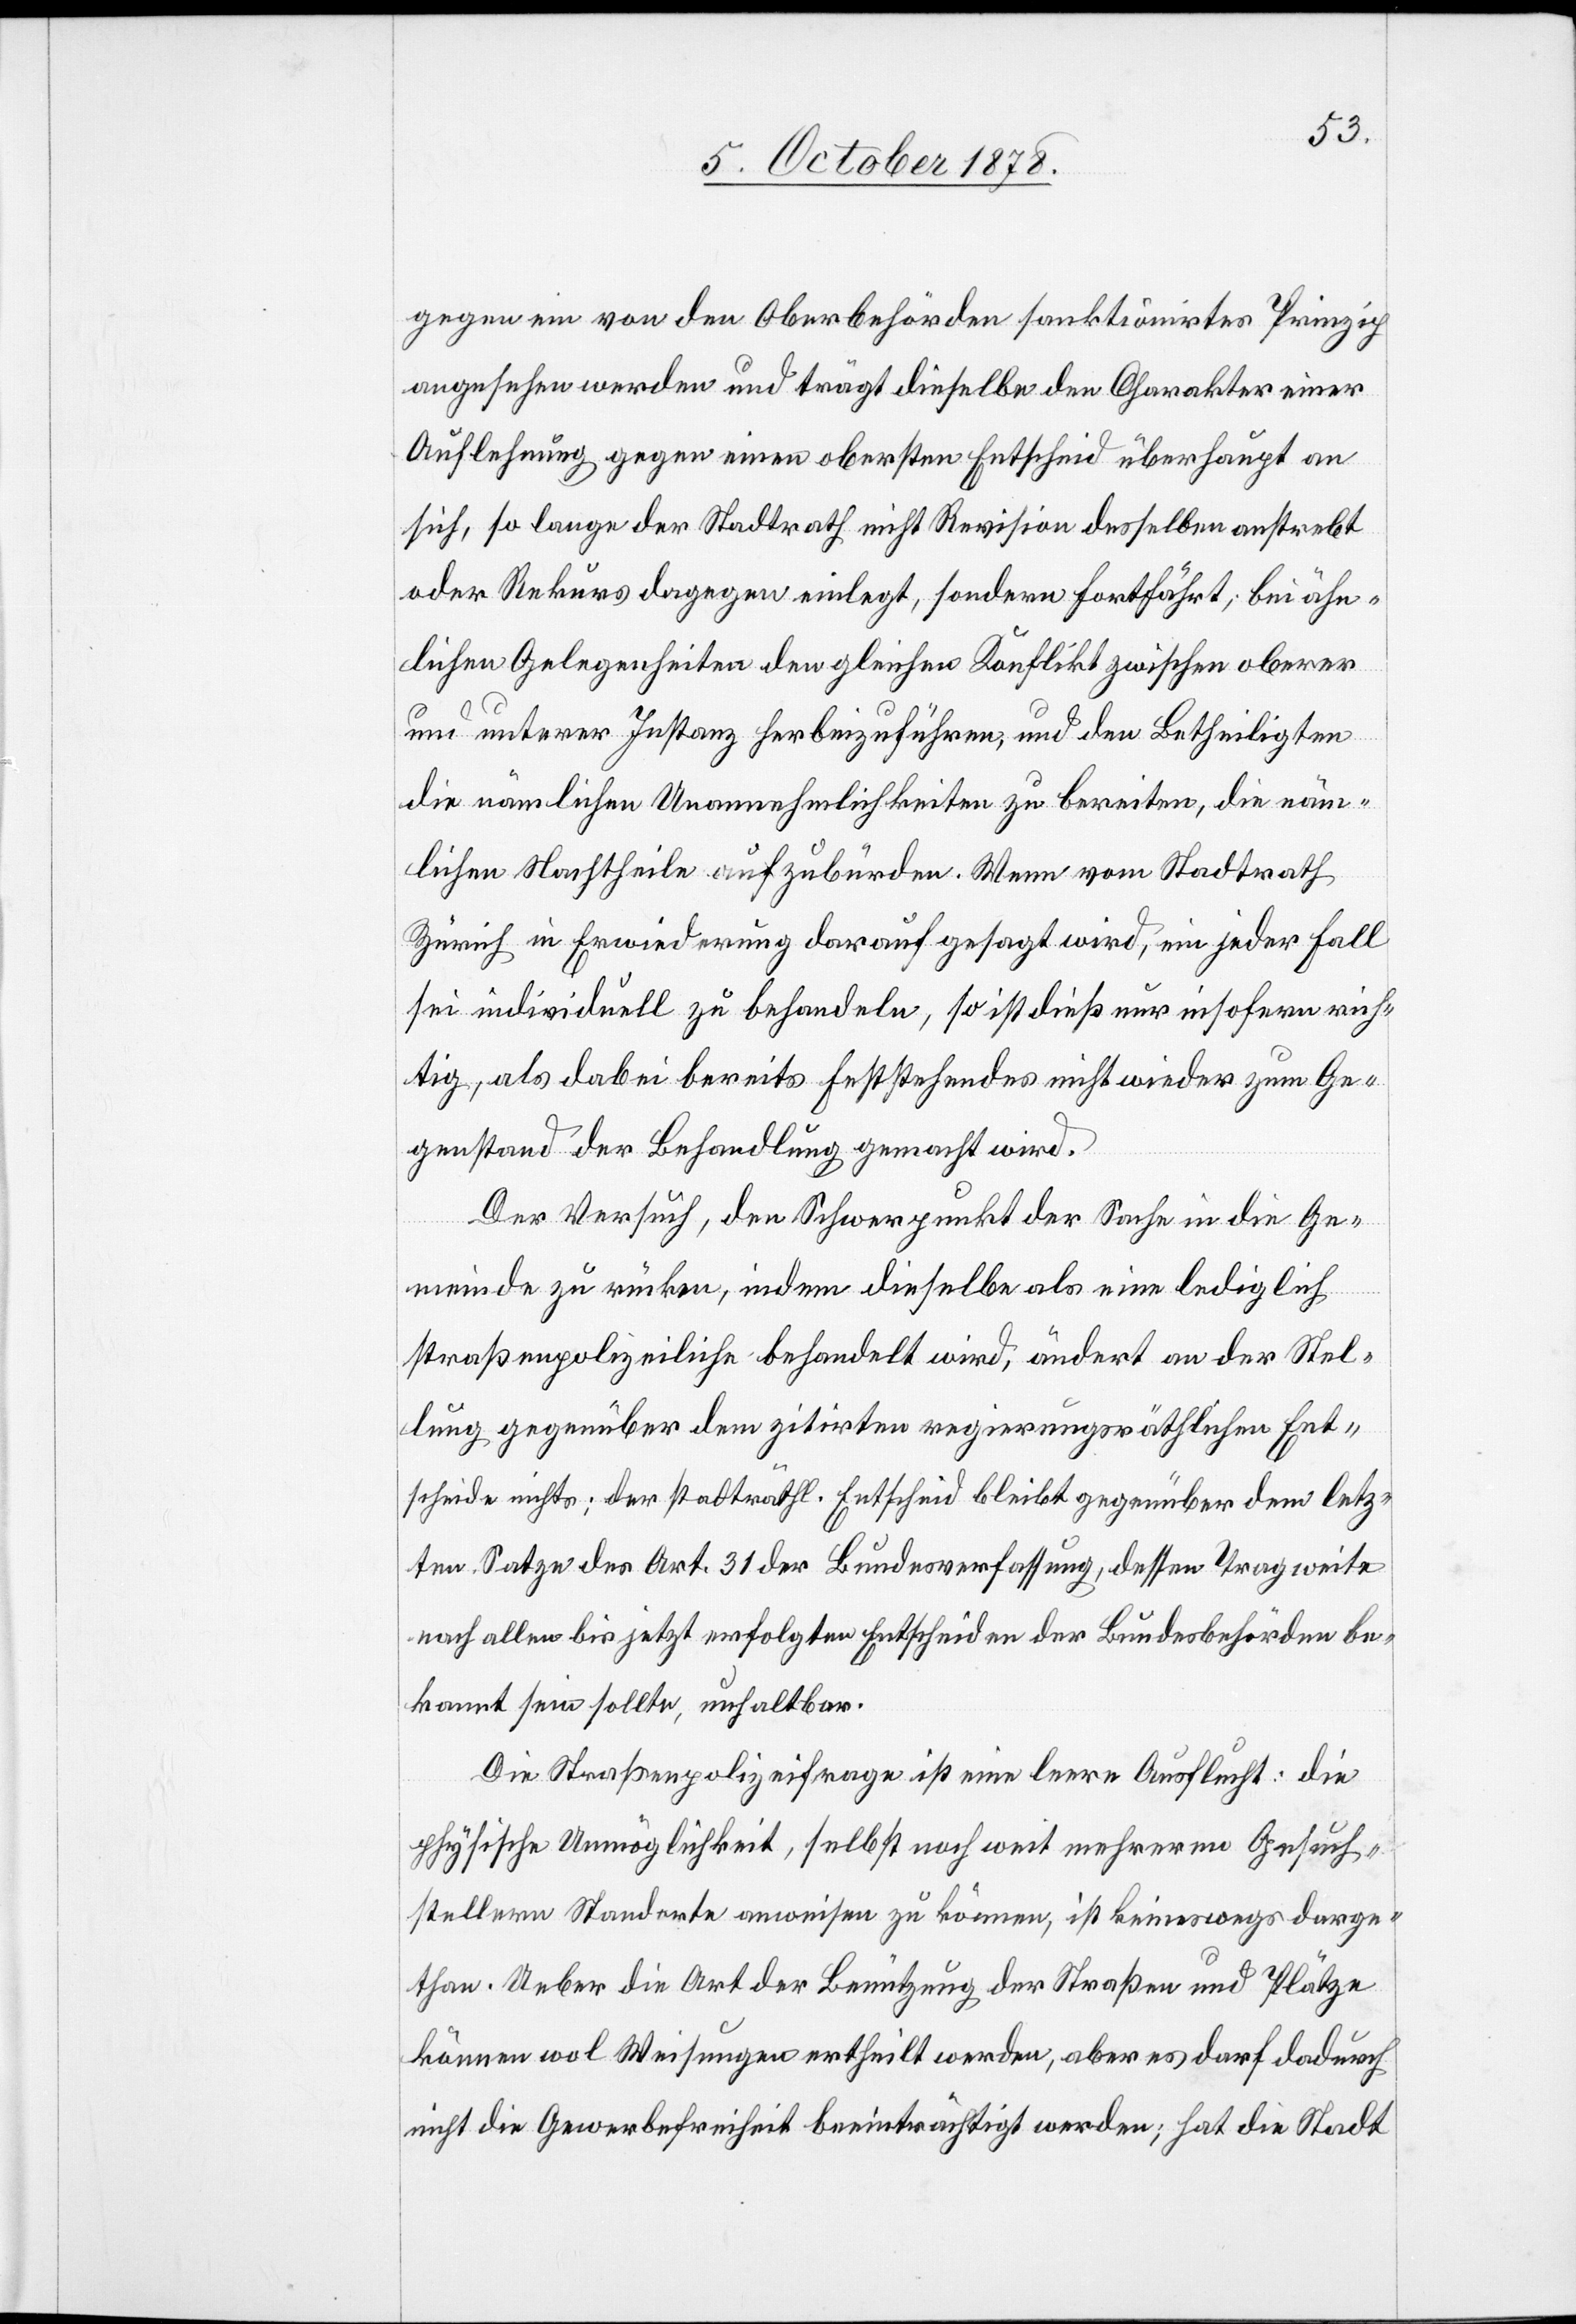
gegen ein von den Oberbehörden sanktionirtes Prinzip
angesehen werden und trägt dieselbe den Charakter einer
Auflehnung gegen einen obersten Entscheid überhaupt an
sich, so lange der Stadtrath nicht Revision desselben anstrebt
oder Rekurs dagegen einlegt, sondern fortfährt; bei ähn¬
lichen Gelegenheiten den gleichen Konflikt zwischen oberer
und unterer Instanz herbeizuführen, und den Betheiligten
die nämlichen Unannehmlichkeiten zu bereiten, die näm¬
lichen Nachtheile aufzubürden. Wenn vom Stadtrath
Zürich in Erwiederung darauf gesagt wird, ein jeder Fall
sei individuell zu behandeln, so ist dieß nur insofern rich¬
tig, als dabei bereits Feststehendes nicht wieder zum Ge¬
genstand der Behandlung gemacht wird.
Der Versuch, den Schwerpunkt der Sache in die Ge¬
meinde zu rücken, indem dieselbe als eine lediglich
straßenpolizeiliche behandelt wird, ändert an der Stel¬
lung gegenüber dem zitirten regierungsräthlichen Ent¬
scheide nichts; der stadträthl. Entscheid bleibt gegenüber dem letz¬
ten Satze des Art. 31 der Bundesverfassung, dessen Tragweite
nach allen bis jetzt erfolgten Entscheiden der Bundesbehörden be¬
kannt sein sollte, unhaltbar.
Die Straßenpolizeifrage ist eine leere Ausflucht: die
physische Unmöglichkeit, selbst noch weit mehreren Gesuch¬
stellern Standorte anweisen zu können, ist keineswegs darge¬
than. Ueber die Art der Benützung der Straßen und Plätzen
können wol Weisungen ertheilt werden, aber es darf dadurch
nicht die Gewerbefreiheit beeinträchtigt werden; hat die Stadt